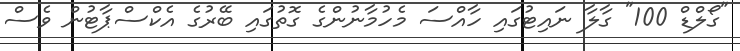
"ގޯލްޑް 100" ގާލާ ނައިޓުގައި ހާއްސަ މެހުމާނުންގެ ގޮތުގައި ބޭރުގެ އެކްސްޕާޓުން ވެސް